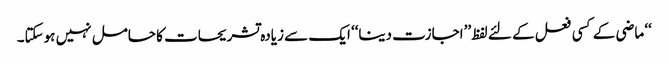
‘‘ ماضی کے کسی فعل کے لئے لفظ ’’اجازت دینا‘‘ ایک سے زیادہ تشریحات کا حامل نہیں ہوسکتا۔